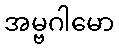
အမ္ဗဂါမော